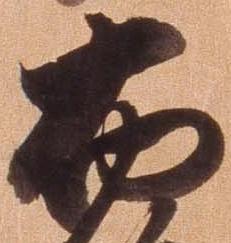
布